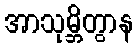
အာသုမ္ဘိတွာန